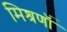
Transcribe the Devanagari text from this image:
मिश्रणॉं